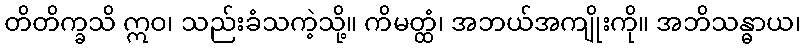
တိတိက္ခသိ ဣဝ၊ သည်းခံသကဲ့သို့။ ကိမတ္ထံ၊ အဘယ်အကျိုးကို။ အဘိသန္ဓာယ၊